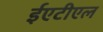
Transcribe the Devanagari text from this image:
ईएटीएल